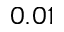
0 . 0 1